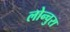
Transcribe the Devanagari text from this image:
लोन्चुरा